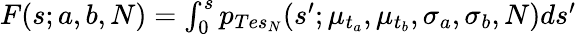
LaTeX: \begin{array}{r}{F(s;a,b,N)=\int_{0}^{s}p_{Tes_{N}}(s^{\prime};\mu_{t_{a}},\mu_{t_{b}},\sigma_{a},\sigma_{b},N)ds^{\prime}}\end{array}